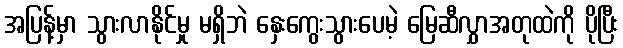
အပြန့်မှာ သွားလာနိုင်မှု မရှိဘဲ နှေးကွေးသွားပေမဲ့ မြေဆီလွှာအတုထဲကို ပိုပြီး